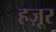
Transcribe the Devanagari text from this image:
हज़ूर